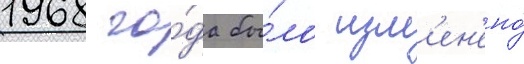
1968 го́да бы́ло изм'ен'ено́